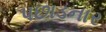
પછાડનાર